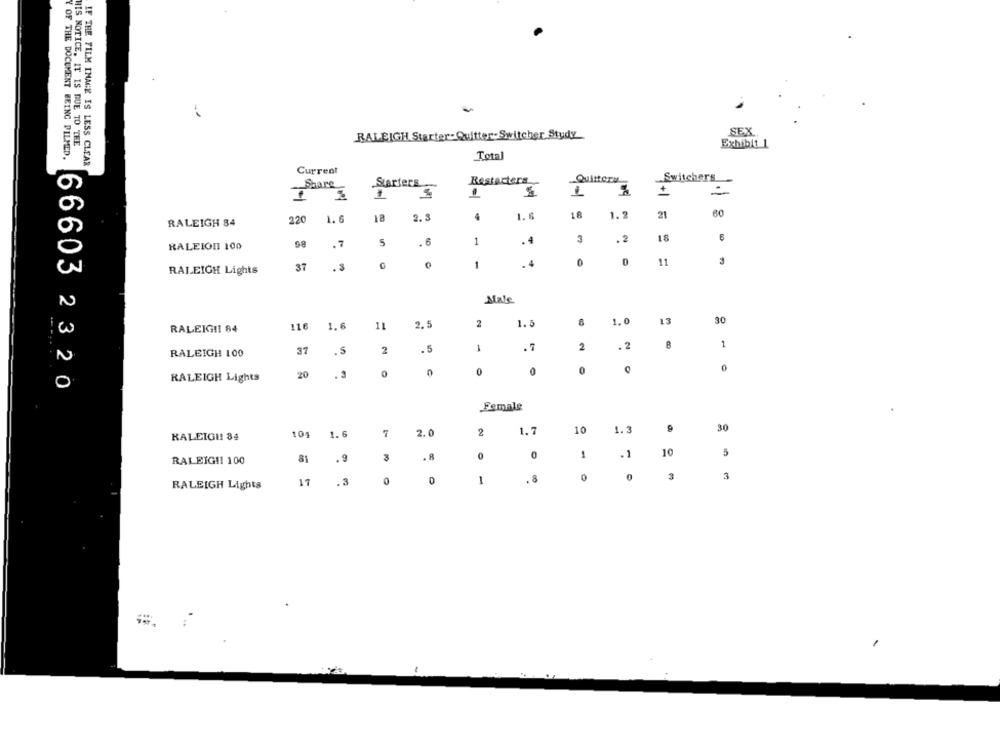
RALEIGH Starter-Quitter-Switcher Study
SEX
HIS NOTICE. IT IS DUE TO THE
Exhibit 1
Y OF THE DOCUMENT BEING PILMED.
Total
IF THE FILM IMAGE IS LESS CLEAR
Current
Restarters
Quittera
Switchers
Share
Starters
L
+
220
18
2. 3
4
1. 6
16
1.2
21
60
RALEIGH 84
1.6
.6
1
.4
18
6
RALEION 100
5
0
11
3
RALEIGH Lights
37
. 3
Male
2
1.0
13
30
RALEIGH!I 84
116
1.6
11
2.5
1.5
. 2
1
RALEIGH 100
37
.5
2
. 5
1
.7
2
0
20
. 3
0
0
0
0
RALEIGH Lights
66603 2320
Female
1.3
30
RALEIGH 84
101
1. 6
7
2.0
2
1.7
10
81
. 9
3
. 8
0
0
1
.1
10
5
RALEIG !! 100
17
0
1
. 8
0
3
3
RALEIGH Lights
.3
.